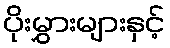
ပိုးမွှားများနှင့်